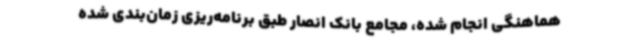
هماهنگی انجام شده، مجامع بانک انصار طبق برنامه‌ریزی زمان‌بندی‌ شده